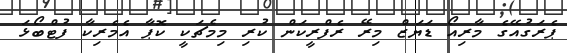
ޕެރަގުއޭގެ މާރިއޯ ޑަޔަޒް މިރޭ ރެފްރީކަން ކުރި މިމެޗަކީ ކޮޕާ އެމެރިކާ ފުޓްބޯޅަ